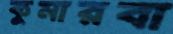
কুমারবা